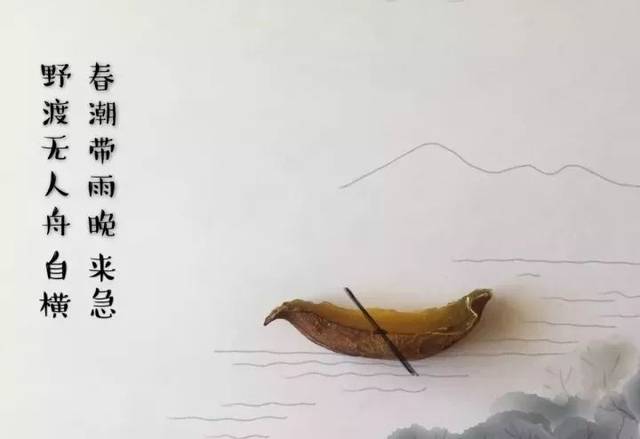
春潮带雨晚来急，野渡无人舟自横。